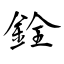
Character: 銓